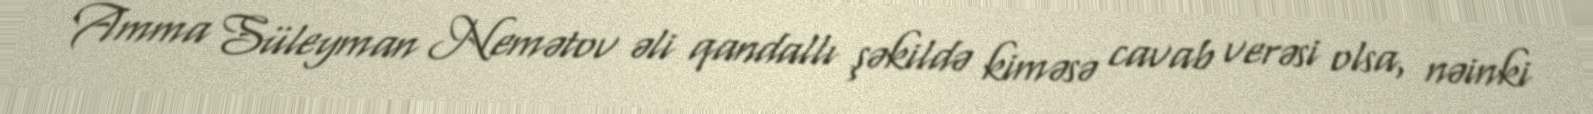
Amma Süleyman Nemətov əli qandallı şəkildə kiməsə cavab verəsi olsa, nəinki